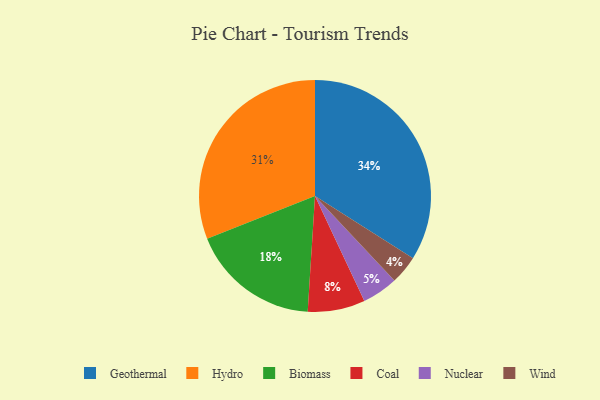
{"axis": {"x": "Category", "y": "Percentage"}, "legend": ["Biomass", "Coal", "Geothermal", "Hydro", "Nuclear", "Wind"], "data": [{"x": "Biomass", "y": 18, "type": "Biomass"}, {"x": "Coal", "y": 8, "type": "Coal"}, {"x": "Geothermal", "y": 34, "type": "Geothermal"}, {"x": "Nuclear", "y": 5, "type": "Nuclear"}, {"x": "Wind", "y": 4, "type": "Wind"}, {"x": "Hydro", "y": 31, "type": "Hydro"}]}